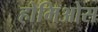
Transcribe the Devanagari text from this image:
होमिओस